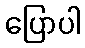
ပြောပါ